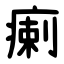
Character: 瘌